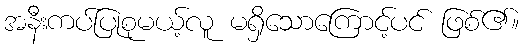
အနီးကပ်ပြုစုမယ့်လူ မရှိသောကြောင့်ပင် ဖြစ်၏။